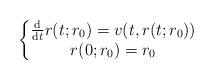
LaTeX: \begin{align*}\left\{\begin{matrix}\frac{\mathrm{d}}{\mathrm{d}t}r(t;r_{0})=v(t,r(t;r_{0}))\\r(0;r_{0})=r_{0}\end{matrix}\right. \end{align*}